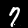
Label: 7